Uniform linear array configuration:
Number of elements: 4
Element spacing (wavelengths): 0.5
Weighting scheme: cosine
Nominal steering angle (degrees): -15
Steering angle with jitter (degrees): -16.368
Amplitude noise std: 0.05
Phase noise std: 0.05

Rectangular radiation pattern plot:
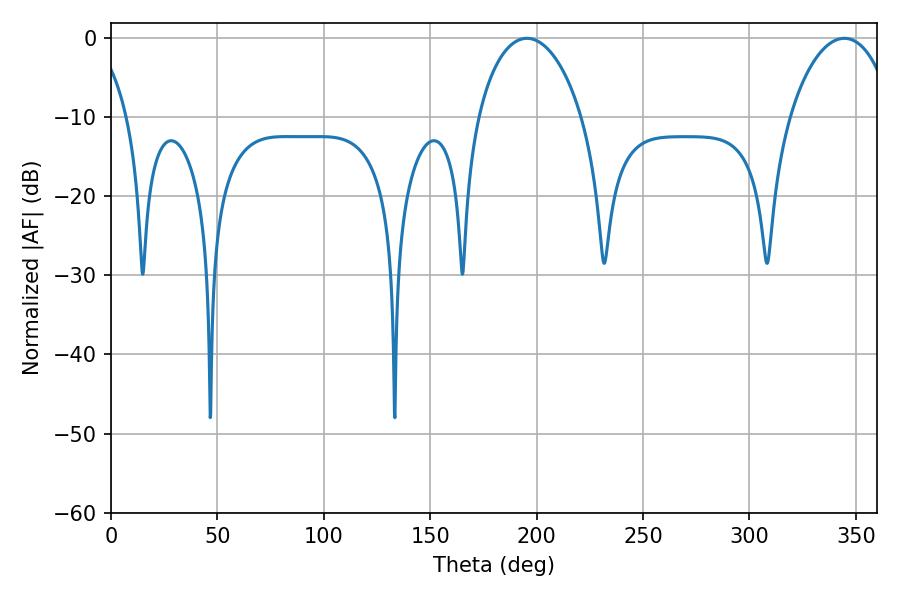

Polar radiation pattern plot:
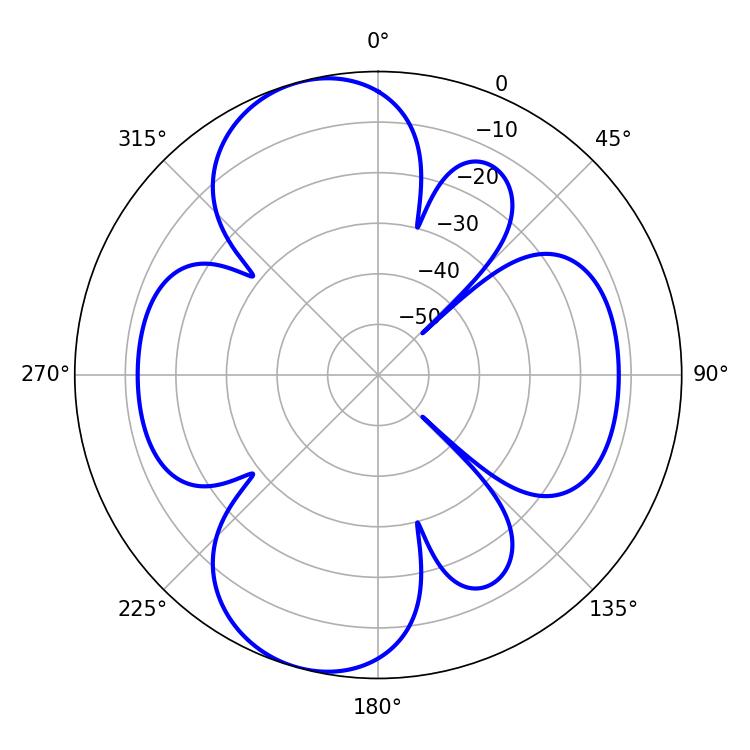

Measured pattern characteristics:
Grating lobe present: FALSE
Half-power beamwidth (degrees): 27.9
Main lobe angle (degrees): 195.48